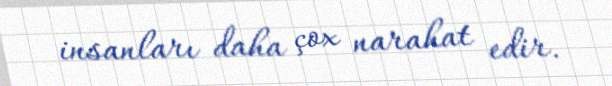
insanları daha çox narahat edir.